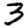
Digit: 3